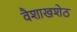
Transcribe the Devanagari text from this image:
वैशाखशेठ